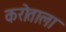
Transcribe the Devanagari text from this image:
करोताला